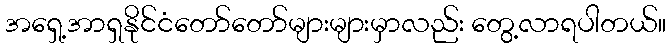
အရှေ့အာရှနိုင်ငံတော်တော်များများမှာလည်း တွေ့လာရပါတယ်။